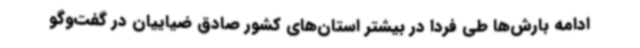
ادامه بارش‌ها طی فردا در بیشتر استان‌های کشور صادق ضیاییان در گفت‌وگو